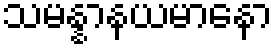
သမန္နာနယမာနော